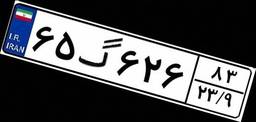
۴۱گ۶۸۶۹۵